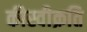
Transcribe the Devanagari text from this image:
कीस्वीक्रति